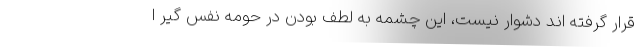
قرار گرفته اند دشوار نیست، این چشمه به لطف بودن در حومه نفس گیر ا